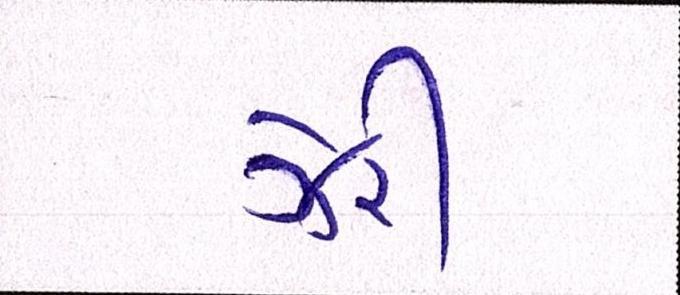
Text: ઝેરી